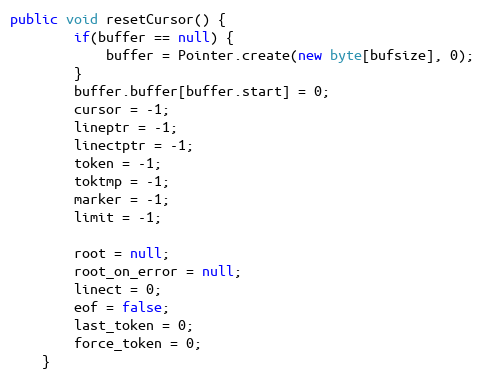
Language: Java
public void resetCursor() {
        if(buffer == null) {
            buffer = Pointer.create(new byte[bufsize], 0);
        }
        buffer.buffer[buffer.start] = 0;
        cursor = -1;
        lineptr = -1;
        linectptr = -1;
        token = -1;
        toktmp = -1;
        marker = -1;
        limit = -1;

        root = null;
        root_on_error = null;
        linect = 0;
        eof = false;
        last_token = 0;
        force_token = 0;
    }